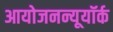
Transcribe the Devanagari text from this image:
आयोजनन्यूयॉर्क